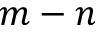
m - n